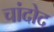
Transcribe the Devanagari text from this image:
चांदोद